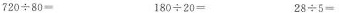
720÷80= 180÷20= 28÷5=